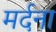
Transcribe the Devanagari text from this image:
मर्दना